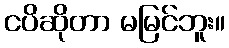
ငပိဆိုတာ မမြင်ဘူး။